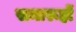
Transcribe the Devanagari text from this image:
समारूहों